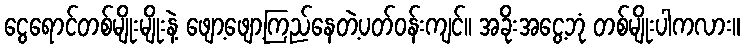
ငွေရောင်တစ်မျိုးမျိုးနဲ့ ဖျော့ဖျော့ကြည်နေတဲ့ပတ်ဝန်းကျင်၊၊ အခိုးအငွေ့ဘုံ တစ်မျိုးပါကလား။